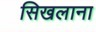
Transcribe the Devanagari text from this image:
सिखलाना